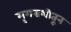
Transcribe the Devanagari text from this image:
मृगराशीतून